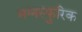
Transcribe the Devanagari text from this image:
मग्नस्फुरिक